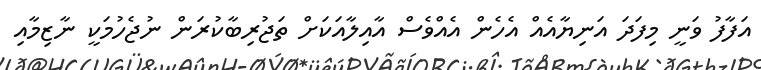
އަފާފު ވަނީ މިފަދަ އަނިޔާއެއް އެހެން އެއްވެސް އާއިލާއަކަށް ތަޖުރިބާކުރަން ނުޖެހުމަކީ ނާޒިމާއި